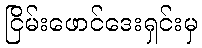
ငြိမ်းဖောင်ဒေးရှင်းမှ